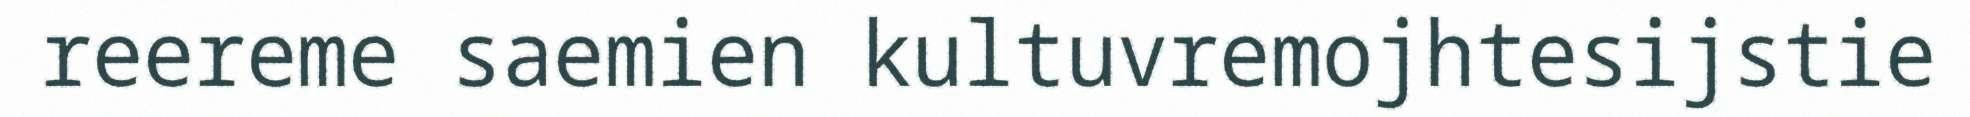
reereme saemien kultuvremojhtesijstie